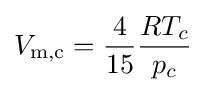
V_{\text{m,c}}={\frac {4}{15}}{\frac {RT_{c}}{p_{c}}}